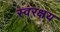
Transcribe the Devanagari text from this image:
स्वरक्षय